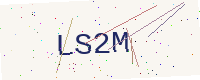
Text: LS2M